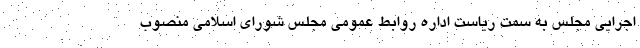
اجرایی مجلس به سمت ریاست اداره روابط‌ عمومی مجلس شورای اسلامی منصوب